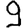
Digit: 9